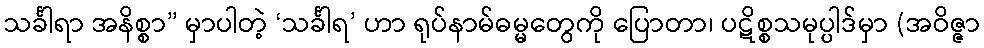
သင်္ခါရာ အနိစ္စာ” မှာပါတဲ့ ‘သင်္ခါရ’ ဟာ ရုပ်နာမ်ဓမ္မတွေကို ပြောတာ၊ ပဋိစ္စသမုပ္ပါဒ်မှာ (အဝိဇ္ဇာ